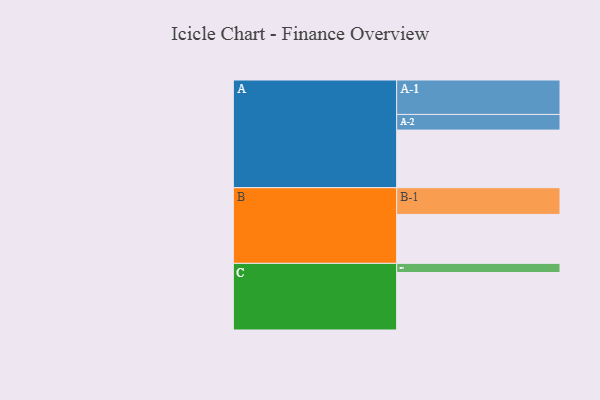
{"axis": {"x": "Segment", "y": "Value"}, "legend": ["", "A", "B", "C"], "data": [{"x": "A", "y": 460, "type": ""}, {"x": "B", "y": 391, "type": ""}, {"x": "C", "y": 459, "type": ""}, {"x": "A-1", "y": 275, "type": "A"}, {"x": "A-2", "y": 125, "type": "A"}, {"x": "B-1", "y": 213, "type": "B"}, {"x": "C-1", "y": 73, "type": "C"}]}